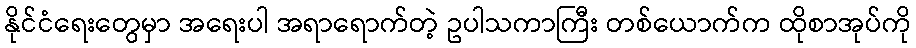
နိုင်ငံရေးတွေမှာ အရေးပါ အရာရောက်တဲ့ ဥပါသကာကြီး တစ်ယောက်က ထိုစာအုပ်ကို